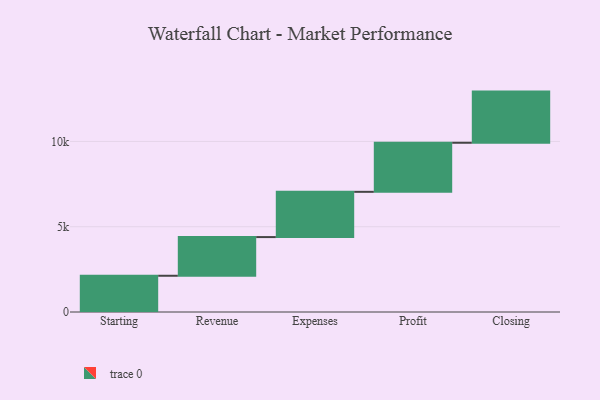
{"axis": {"x": "Step", "y": "Value"}, "legend": [""], "data": [{"x": "Starting", "y": 2125.0, "type": ""}, {"x": "Revenue", "y": 2268.0, "type": ""}, {"x": "Expenses", "y": 2653.0, "type": ""}, {"x": "Profit", "y": 2877.0, "type": ""}, {"x": "Closing", "y": 3000, "type": ""}]}